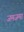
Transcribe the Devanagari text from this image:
जमजमा